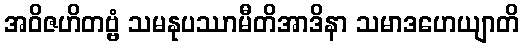
အဝိဇဟိတဗ္ဗံ သမနုပဿာမီတိအာဒိနာ သမာဒဟေယျာတိ